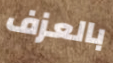
بالعزف